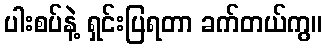
ပါးစပ်နဲ့ ရှင်းပြရတာ ခက်တယ်ကွ။